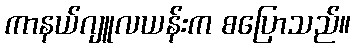
ကာနယ်ဂျူလယန်းက စပြောသည်။